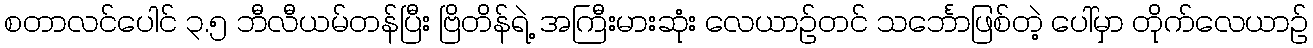
စတာလင်ပေါင် ၃.၅ ဘီလီယမ်တန်ပြီး ဗြိတိန်ရဲ့ အကြီးမားဆုံး လေယာဉ်တင် သင်္ဘောဖြစ်တဲ့ ပေါ်မှာ တိုက်လေယာဉ်